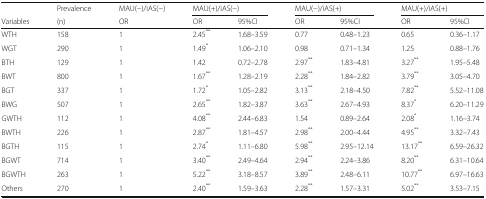
|  | Prevalence | MAU(−)/iAS(−) | <COLSPAN=2> MAU(+)/iAS(−) | <COLSPAN=2> MAU(−)/iAS(+) | <COLSPAN=2> MAU(+)/iAS(+) |
 | Variables | (n) | OR | OR | 95%CI | OR | 95%CI | OR | 95%CI |
 | --- | --- | --- | --- | --- | --- | --- | --- | --- |
 | WTH | 158 | 1 | 2.45** | 1.68–3.59 | 0.77 | 0.48–1.23 | 0.65 | 0.36–1.17 |
 | WGT | 290 | 1 | 1.49* | 1.06–2.10 | 0.98 | 0.71–1.34 | 1.25 | 0.88–1.76 |
 | BTH | 129 | 1 | 1.42 | 0.72–2.78 | 2.97** | 1.83–4.81 | 3.27** | 1.95–5.48 |
 | BWT | 800 | 1 | 1.67** | 1.28–2.19 | 2.28** | 1.84–2.82 | 3.79** | 3.05–4.70 |
 | BGT | 337 | 1 | 1.72* | 1.05–2.82 | 3.13** | 2.18–4.50 | 7.82** | 5.52–11.08 |
 | BWG | 507 | 1 | 2.65** | 1.82–3.87 | 3.63** | 2.67–4.93 | 8.37* | 6.20–11.29 |
 | GWTH | 112 | 1 | 4.08** | 2.44–6.83 | 1.54 | 0.89–2.64 | 2.08* | 1.16–3.74 |
 | BWTH | 226 | 1 | 2.87** | 1.81–4.57 | 2.98** | 2.00–4.44 | 4.95** | 3.32–7.43 |
 | BGTH | 115 | 1 | 2.74* | 1.11–6.80 | 5.98** | 2.95–12.14 | 13.17** | 6.59–26.32 |
 | BGWT | 714 | 1 | 3.40** | 2.49–4.64 | 2.94** | 2.24–3.86 | 8.20** | 6.31–10.64 |
 | BGWTH | 263 | 1 | 5.22** | 3.18–8.57 | 3.89** | 2.48–6.11 | 10.77** | 6.97–16.63 |
 | Others | 270 | 1 | 2.40** | 1.59–3.63 | 2.28** | 1.57–3.31 | 5.02** | 3.53–7.15 |